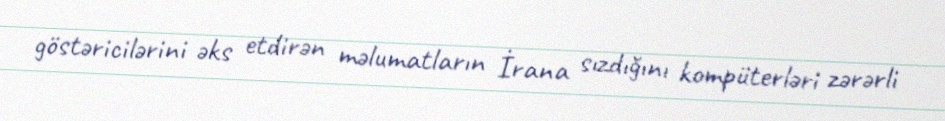
göstəricilərini əks etdirən məlumatların İrana sızdığını kompüterləri zərərli